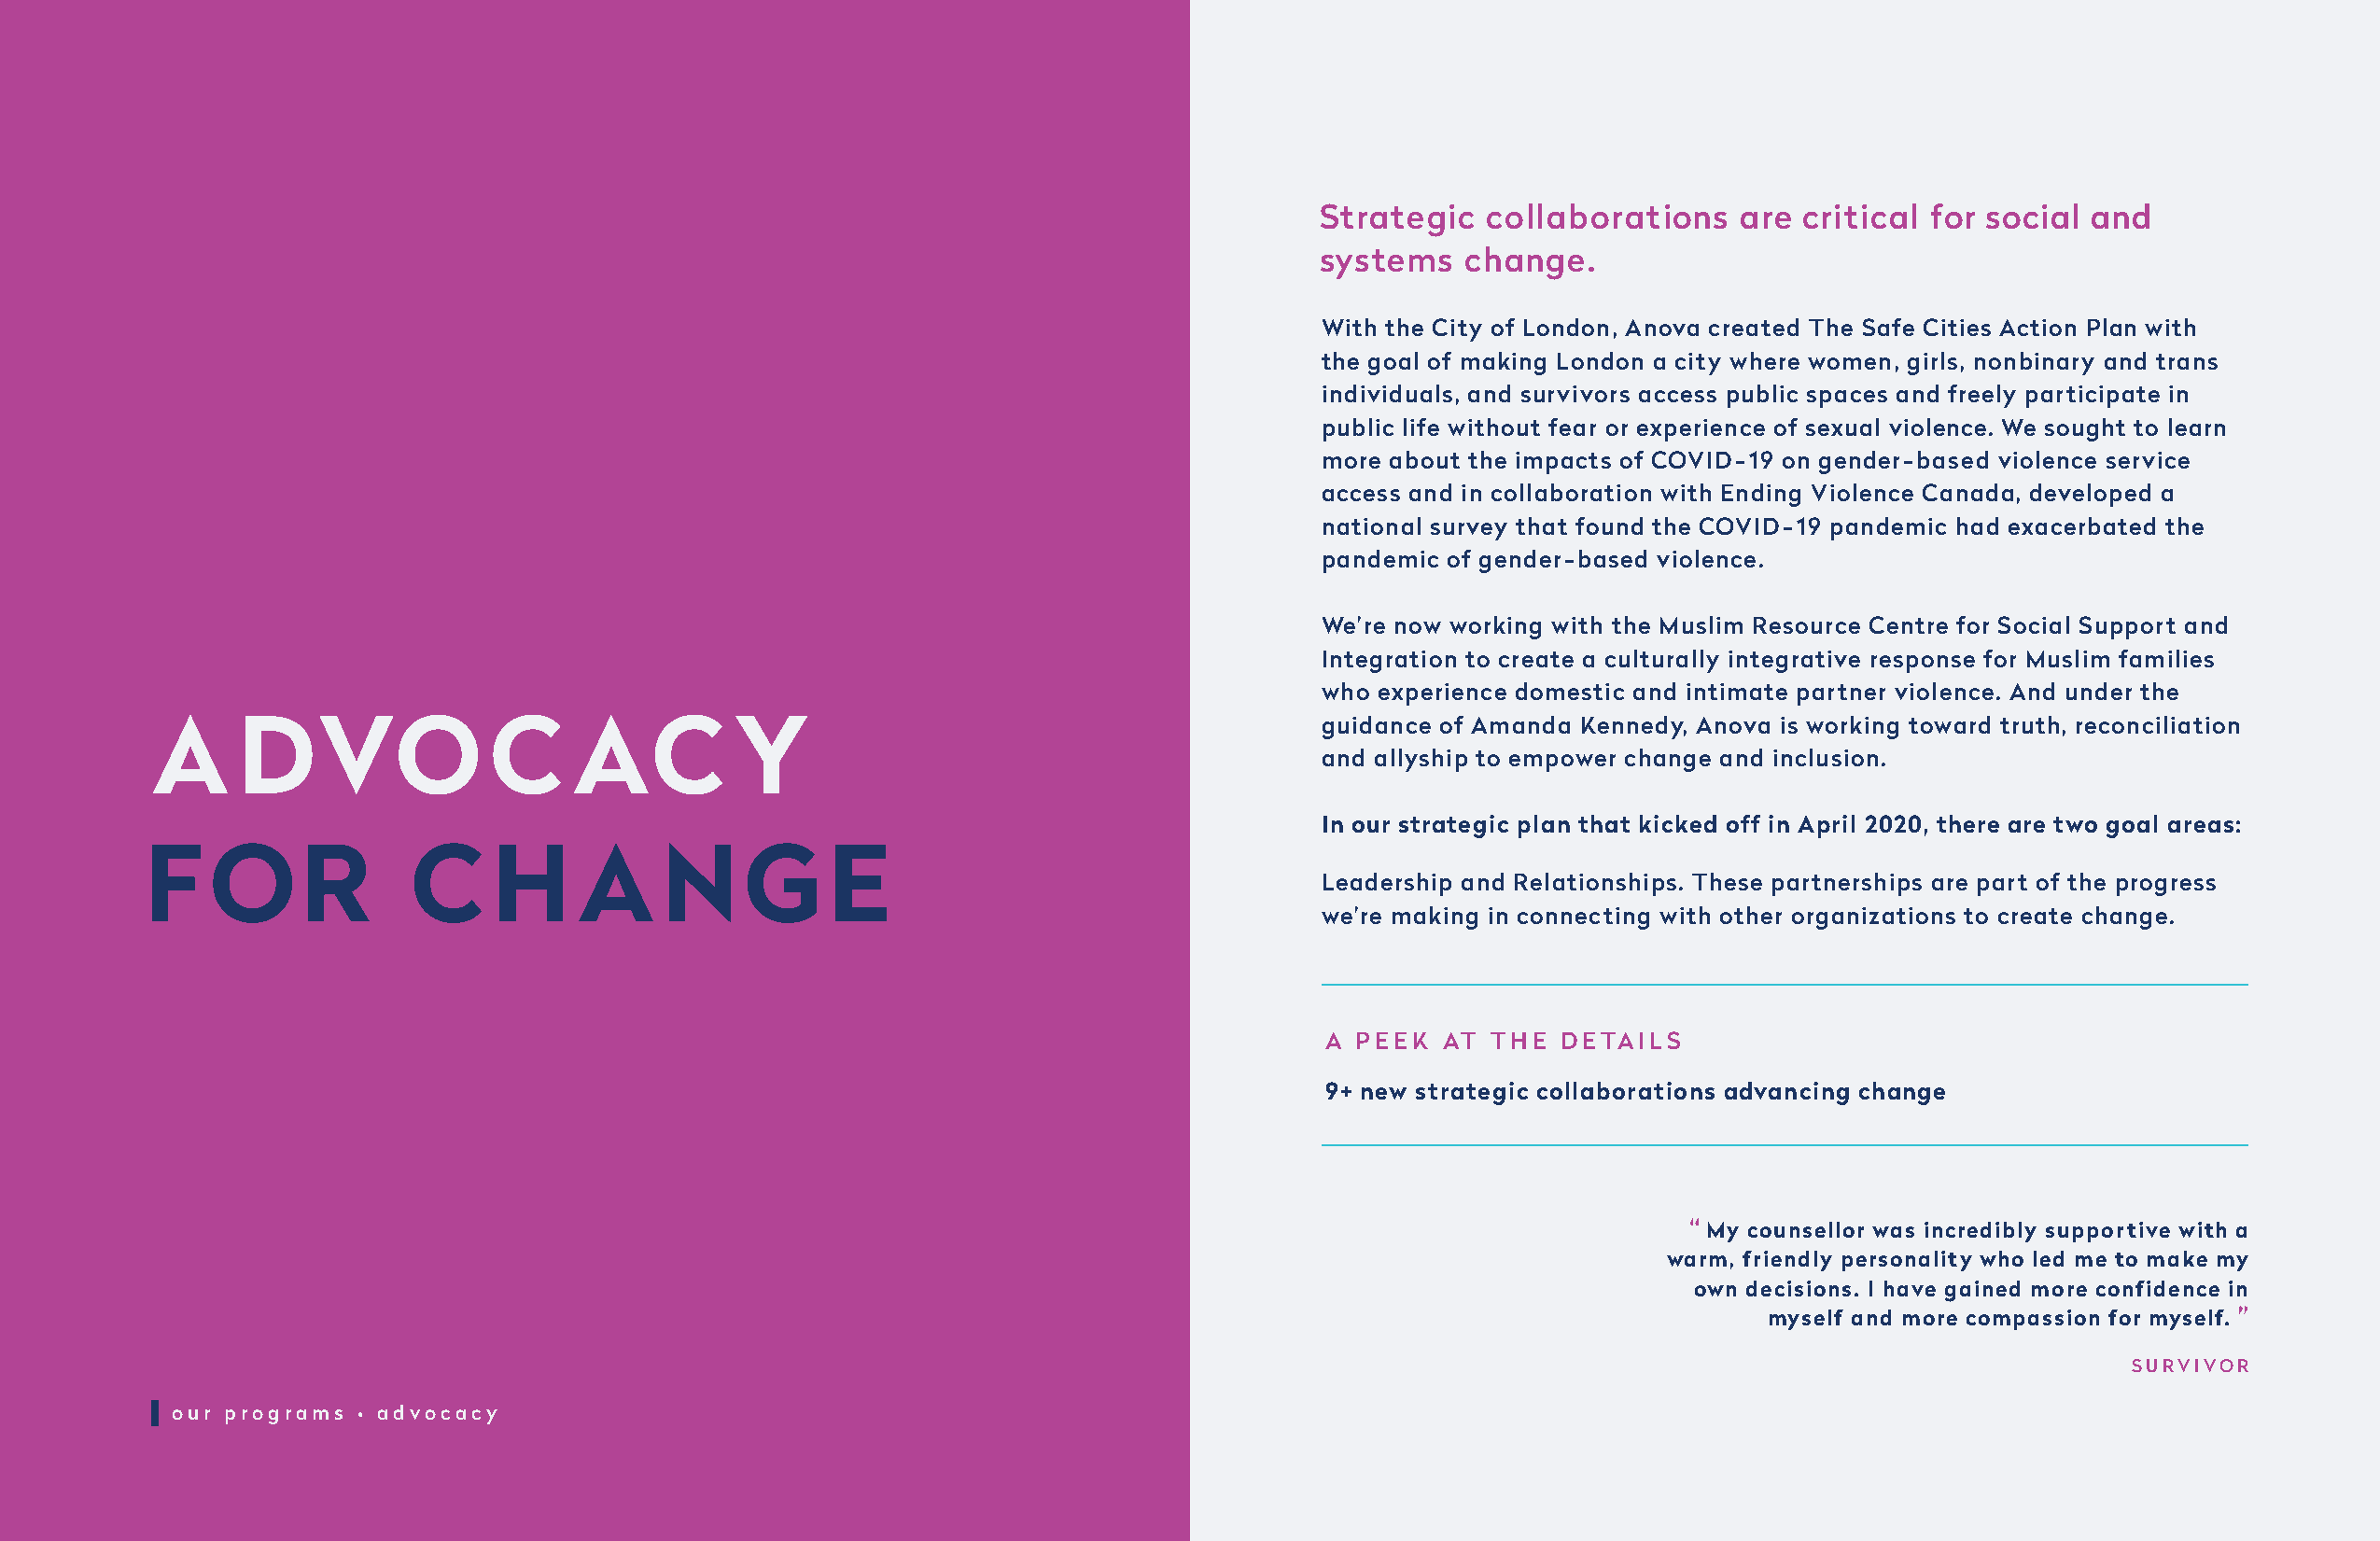
Strategic  collaborations    are  critical for social and
 systems   change.
 With the City of London, Anova created The Safe Cities Action Plan with
 the goal of making London a city where women, girls, nonbinary and trans
 individuals, and survivors access public spaces and freely participate in
 public life without fear or experience of sexual violence. We sought to learn
 more about the impacts of COVID-19 on gender-based violence service
 access and in collaboration with Ending Violence Canada, developed a
 national survey that found the COVID-19 pandemic had exacerbated the
 pandemic of gender-based violence.
 We’re now working with the Muslim Resource Centre for Social Support and
 Integration to create a culturally integrative response for Muslim families
 who experience domestic and intimate partner violence. And under the
 A     DVO               C     AC         Y                                         guidance of Amanda Kennedy, Anova is working toward truth, reconciliation
 and allyship to empower change and inclusion.
 In our strategic plan that kicked off in April 2020, there are two goal areas:
 F    OR            C     H     A     NGE
 Leadership and Relationships. These partnerships are part of the progress
 we’re making in connecting with other organizations to create change.
 A PEEK  AT  THE  DETAILS
 9+ new strategic collaborations advancing change
 “ My counsellor was incredibly supportive with a
 warm, friendly personality who led me to make my
 own decisions. I have gained more confidence in
 myself and more compassion for myself. ”
 SURVIVOR
 our programs • advocacy